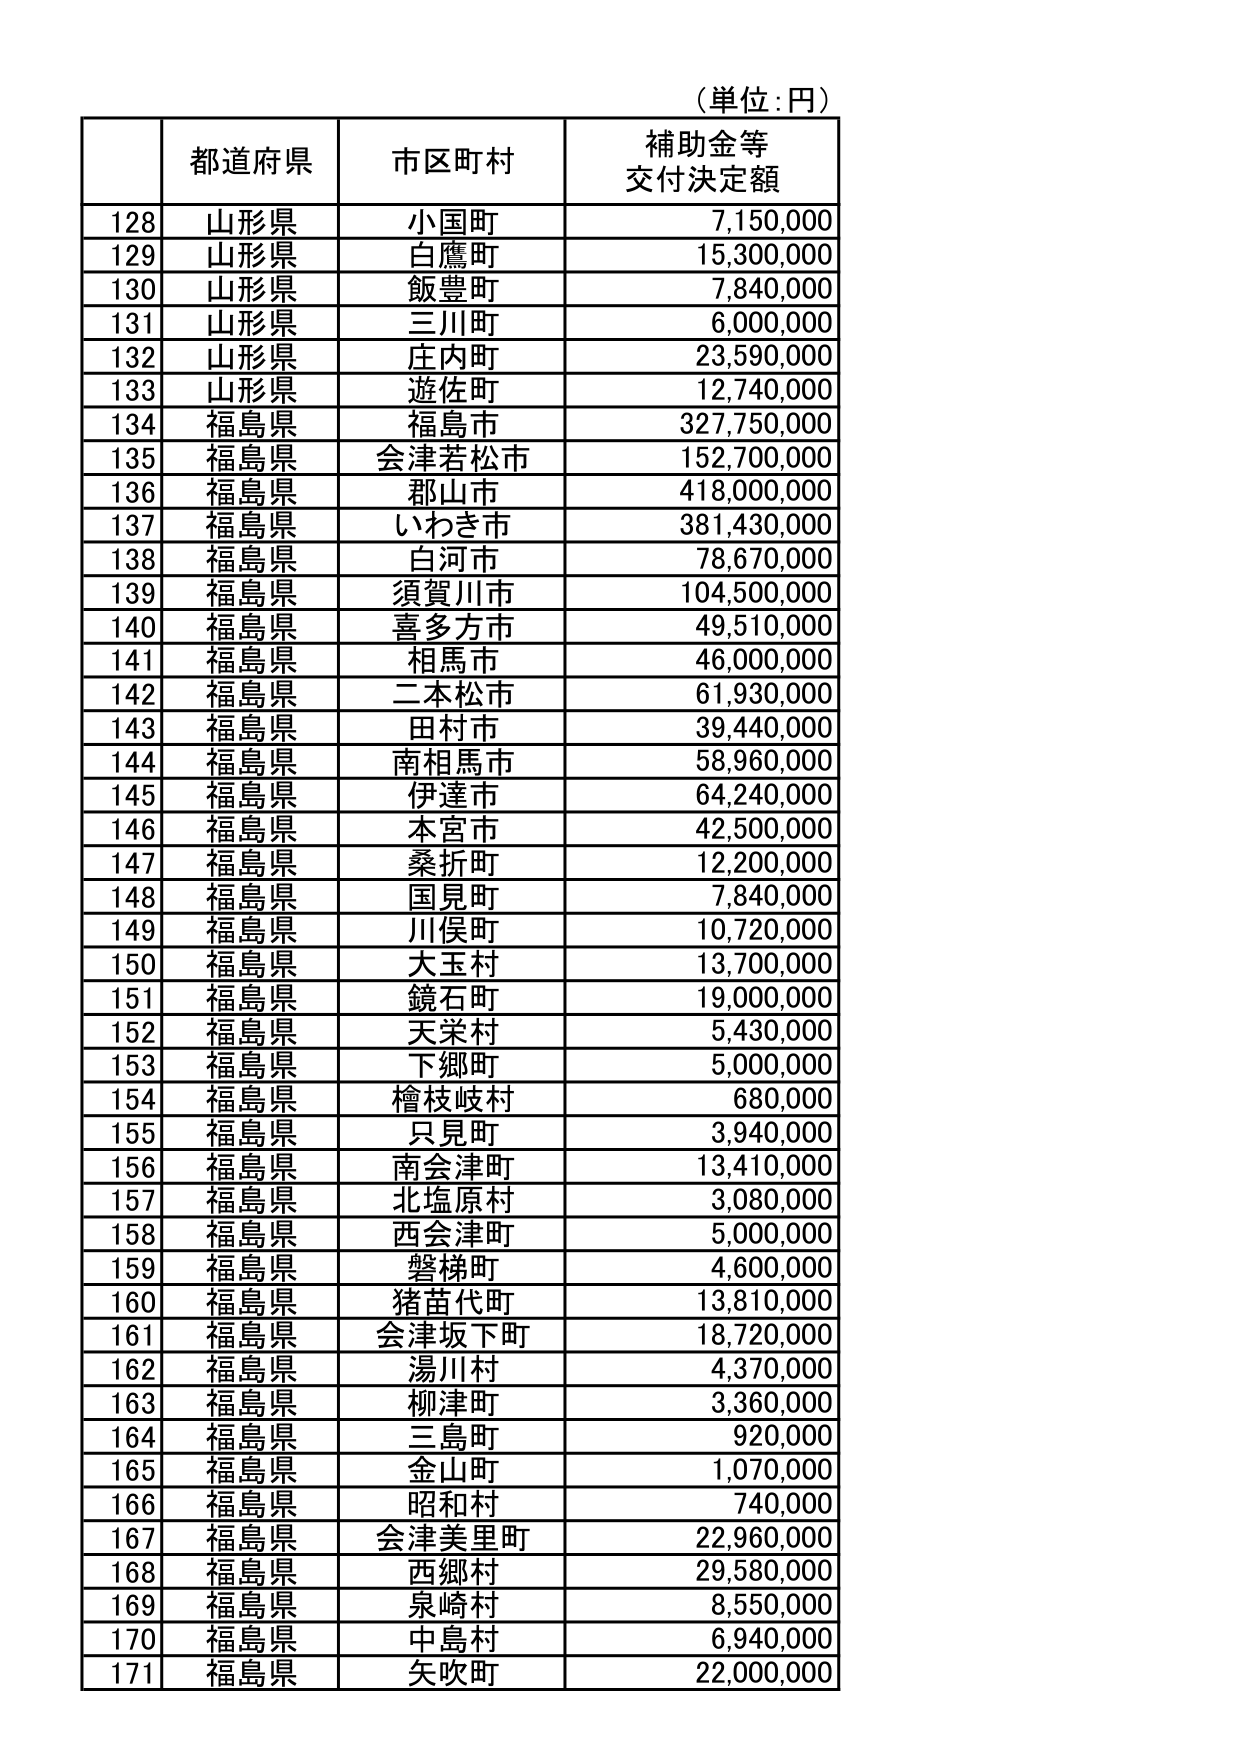
（単位：円）

都道府県　市区町村　補助金等交付決定額

128　山形県　小国町　7,150,000
129　山形県　白鷹町　15,300,000
130　山形県　飯豊町　7,840,000
131　山形県　三川町　6,000,000
132　山形県　庄内町　23,590,000
133　山形県　遊佐町　12,740,000
134　福島県　福島市　327,750,000
135　福島県　会津若松市　152,700,000
136　福島県　郡山市　418,000,000
137　福島県　いわき市　381,430,000
138　福島県　白河市　78,670,000
139　福島県　須賀川市　104,500,000
140　福島県　喜多方市　49,510,000
141　福島県　相馬市　46,000,000
142　福島県　二本松市　61,930,000
143　福島県　田村市　39,440,000
144　福島県　南相馬市　58,960,000
145　福島県　伊達市　64,240,000
146　福島県　本宮市　42,500,000
147　福島県　桑折町　12,200,000
148　福島県　国見町　7,840,000
149　福島県　川俣町　10,720,000
150　福島県　大玉村　13,700,000
151　福島県　鏡石町　19,000,000
152　福島県　天栄村　5,430,000
153　福島県　下郷町　5,000,000
154　福島県　檜枝岐村　680,000
155　福島県　只見町　3,940,000
156　福島県　南会津町　13,410,000
157　福島県　北塩原村　3,080,000
158　福島県　西会津町　5,000,000
159　福島県　磐梯町　4,600,000
160　福島県　猪苗代町　13,810,000
161　福島県　会津坂下町　18,720,000
162　福島県　湯川村　4,370,000
163　福島県　柳津町　3,360,000
164　福島県　三島町　920,000
165　福島県　金山町　1,070,000
166　福島県　昭和村　740,000
167　福島県　会津美里町　22,960,000
168　福島県　西郷村　29,580,000
169　福島県　泉崎村　8,550,000
170　福島県　中島村　6,940,000
171　福島県　矢吹町　22,000,000